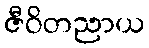
ဇီဝိတညာယ